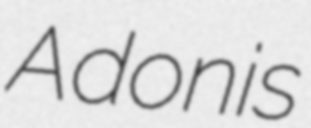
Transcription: Adonis